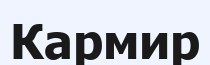
Кармир